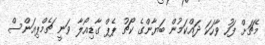
މެޗަށް ފަހު ވާހަކަ ދައްކަމުން ބަޔާންގެ ކޯޗު ޕެޕް ގާޑިއޯލާ ވަނީ ޗެމްޕިއަންސް